Scottish Leaving Certificate Examination, 1959
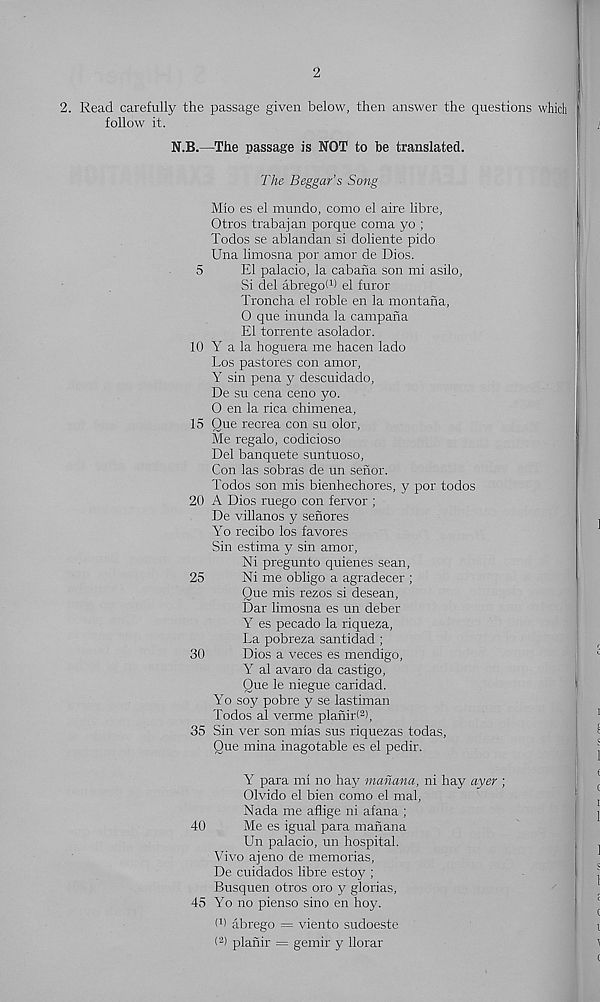
2
2. Read carefully the passage given below, then answer the questions which
follow it.
N.B.—The passage is NOT to be translated.
The Beggar’s Song
Mlo es el mundo, como el aire libre,
Otros trabajan porque coma yo ;
Todos se ablandan si doliente pido
Una limosna por amor de Dios.
5
El palacio, la cabana son mi asilo,
Si del abregoW el furor
Troncha el roble en la montana,
0 que inunda la campana
El torrente asolador.
10 Y a la hoguera me hacen lado
Los pastores con amor,
Y sin pena y descuidado,
De su cena ceno yo.
0 en la rica chimenea,
15 Que recrea con su olor,
Me regalo, codicioso
Del banquete suntuoso,
Con las sobras de un senor.
Todos son mis bienhechores, y por todos
20 A Dios ruego con fervor ;
De villanos y senores
Yo recibo los favores
Sin estima y sin amor,
Ni pregunto quienes sean,
25
Ni me oblige a agradecer ;
Que mis rezos si desean,
Dar limosna es un deber
Y es pecado la riqueza,
La pobreza santidad ;
30
Dios a veces es mendigo,
Y al avaro da castigo,
Que le niegue caridad.
Yo so}'- pobre y se lastiman
Todos al verme planirl 2 ),
35 Sin ver son mlas sus riquezas todas,
Que mina inagotable es el pedir.
Y para mi no hay manana, ni hay ayer ;
Olvido el bien como el mal,
Nada me aflige ni afana ;
40
Me es igual para manana
Un palacio, un hospital.
Vivo ajeno de memorias,
De cuidados libre estoy ;
Busquen otros oro y glorias,
45 Yo no pienso sino en hoy.
I 1 ' abrego = viento sudoeste
( 2 ) planir = gemir y llorar